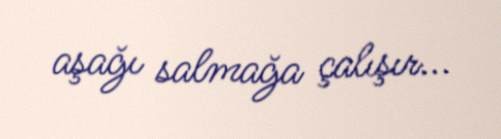
aşağı salmağa çalışır...